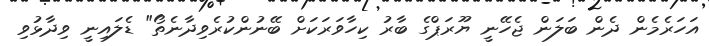
އަހަރެމެން ދެން ބަލަން ޖެހޭނީ ޔޫރަޕްގެ ބާރު ކިހާވަރަކަށް ބޭނުންކުރެވިދާނެތޯ" ޑެލައިނީ ވިދާޅުވި